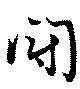
鬪